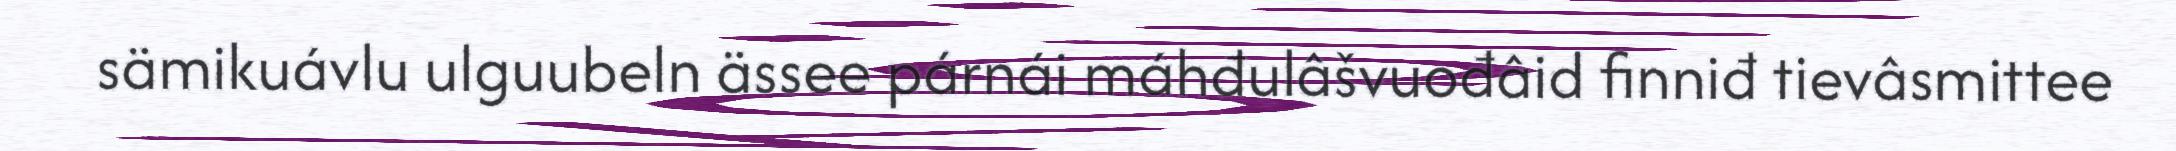
sämikuávlu ulguubeln ässee párnái máhđulâšvuođâid finniđ tievâsmittee